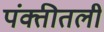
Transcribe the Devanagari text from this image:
पंक्तीतली